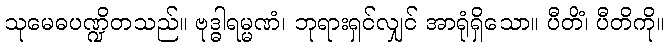
သုမေဓပဏ္ဍိတသည်။ ဗုဒ္ဓါရမ္မဏံ၊ ဘုရားရှင်လျှင် အာရုံရှိသော။ ပီတိံ၊ ပီတိကို။